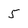
Character: 5